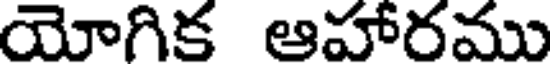
యోగిక ఆహారము